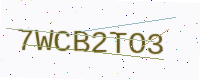
Text: 7WCB2TO3